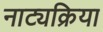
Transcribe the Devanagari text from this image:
नाट्यक्रिया